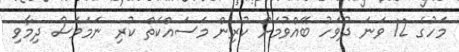
މަހުގެ 12 ވަނަ ދުވަހު ބޭއްވުމަށް ކުރިން މަސައްކަތް ކުރި ނަމަވެސް ދިމާވި